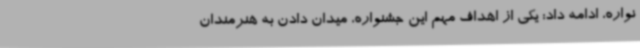
نواره، ادامه داد: یکی از اهداف مهم این جشنواره، میدان دادن به هنرمندان